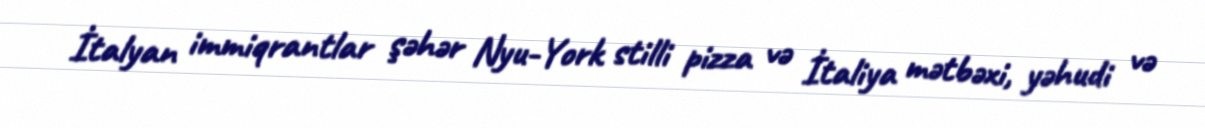
İtalyan immiqrantlar şəhər Nyu-York stilli pizza və İtaliya mətbəxi, yəhudi və